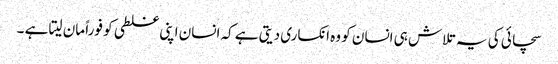
سچائی کی یہ تلاش ہی انسان کو وہ انکساری دیتی ہے کہ انسان اپنی غلطی کو فوراً مان لیتا ہے ۔